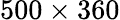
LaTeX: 500\times 360